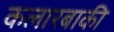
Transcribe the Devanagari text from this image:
कलारबाकी